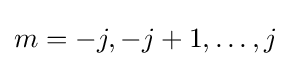
m=-j,-j+1,\ldots ,j